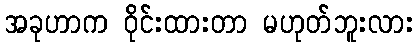
အခုဟာက ဝိုင်းထားတာ မဟုတ်ဘူးလား